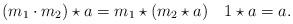
LaTeX: \begin{align*} (m_{1}\cdot m_{2}) \star a=m_{1}\star(m_{2}\star a) \quad1\star a=a.\end{align*}